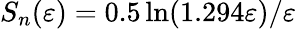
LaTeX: S_{n}(\varepsilon)=0.5\ln(1.294\varepsilon)/\varepsilon